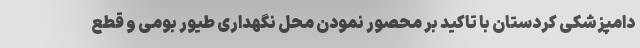
دامپزشکی کردستان با تاکید بر محصور نمودن محل نگهداری طیور بومی و قطع